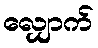
လျှောက်